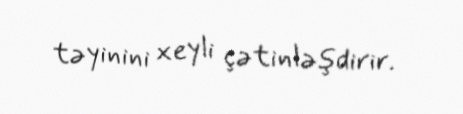
təyinini xeyli çətinləşdirir.